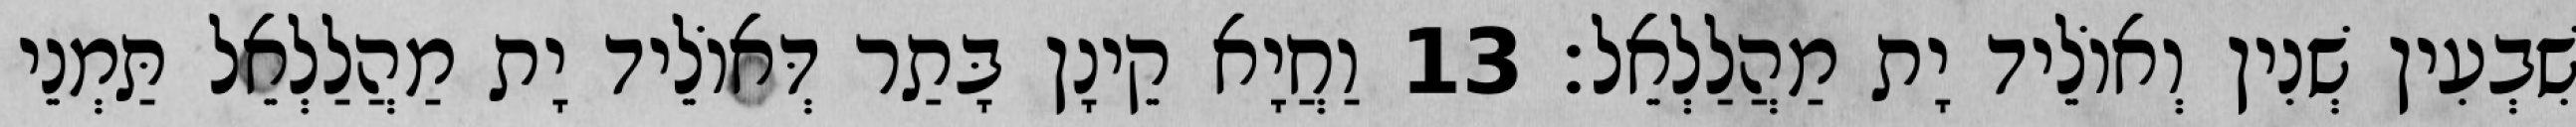
שִׁבְעִין שְׁנִין וְאוֹלֵיד יָת מַהֲלַלְאֵל׃ 13 וַחֲיָא קֵינָן בָּתַר דְּאוֹלֵיד יָת מַהֲלַלְאֵל תַּמְנֵי